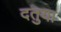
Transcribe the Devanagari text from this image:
दतुया